Sketch of the medical history of the native army of Bombay, for the year
Year: 1875
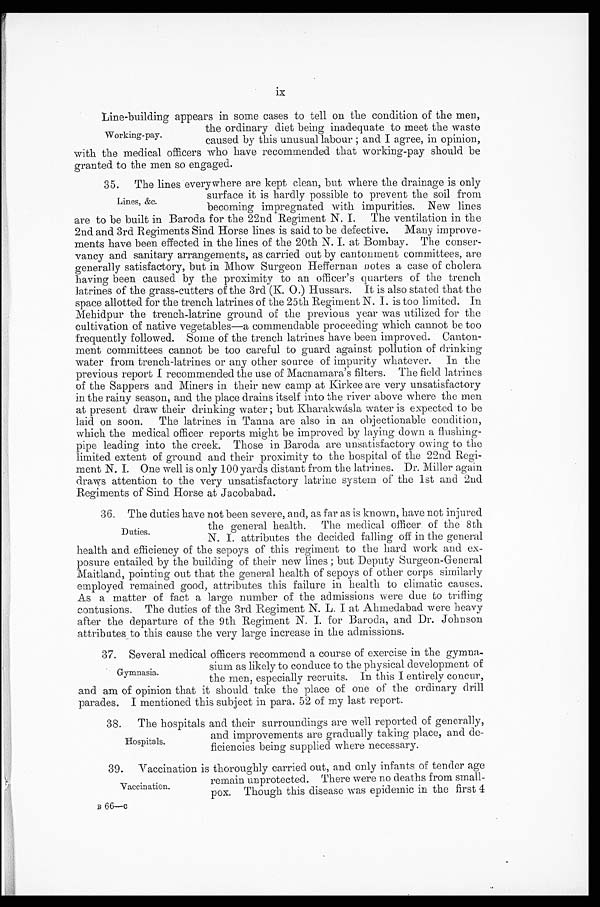
ix
Line-building appears in some cases to tell on the condition of the men,
the ordinary diet being inadequate to meet the waste
caused by this unusual labour ; and I agree, in opinion,
with the medical officers who have recommended that working-pay should be
granted to the men so engaged.
35. The lines everywhere are kept clean, but where the drainage is only
surface it is hardly possible to prevent the soil from
becoming impregnated with impurities. New lines
are to be built in Baroda for the 22nd Regiment N. I. The ventilation in the
2nd and 3rd Regiments Sind Horse lines is said to be defective. Many improve-
ments have been effected in the lines of the 20th N. I. at Bombay. The conser-
vancy and sanitary arrangements, as carried out by cantonment committees, are
generally satisfactory, but in Mhow Surgeon Heffernan notes a case of cholera
having been caused by the proximity to an officer's quarters of the trench
latrines of the grass-cutters of the 3rd (K. O.) Hussars. It is also stated that the
space allotted for the trench latrines of the 25th Regiment N. I. is too limited. In
Mehidpur the trench-latrine ground of the previous year was utilized for the
cultivation of native vegetables—a commendable proceeding which cannot be too
frequently followed. Some of the trench latrines have been improved. Canton-
ment committees cannot be too careful to guard against pollution of drinking
water from trench-latrines or any other source of impurity whatever. In the
previous report I recommended the use of Macnamara's filters. The field latrines
of the Sappers and Miners in their new camp at Kirkee are very unsatisfactory
in the rainy season, and the place drains itself into the river above where the men
at present draw their drinking water ; but Kharakwásla water is expected to be
laid on soon.
The latrines in Tanna are also in an objectionable condition,
which the medical officer reports might be improved by laying down a flushing .
pipe leading into the creek. Those in Baroda are unsatisfactory owing to the
limited extent of ground and their proximity to the hospital of the 22nd Regi-
ment N. I. One well is only 100 yards distant from the latrines. Dr. Miller again
draws attention to the very unsatisfactory latrine system of the 1st and 2nd
Regiments of Sind Horse at Jacobabad.
36. The duties have not been severe, and, as far as is known, have not injured
the general health. The medical officer of the 8th
N.I.attributes the decided falling off in the general
health and efficiency of the sepoys of this regiment to the hard work and ex-
posure entailed by the building of their new lines ; but Deputy Surgeon-General
Maitland, pointing out that the general health of sepoys of other corps similarly
employed remained good, attributes this failure in health to climatic causes.
As a matter of fact a large number of the admissions were due to trifling
contusions. The duties of the 3rd Regiment N. L. I at Ahmedabad were heavy
after the departure of the 9th Regiment N. I. for Baroda, and Dr. Johnson
attributes to this cause the very large increase in the admissions.
37. Several medical officers recommend a course of exercise in the gymna
-sium as likely to conduce to the physical development of
the men, especially recruits. In this I entirely concur,
and am of opinion that it should take the place of one of the ordinary drill
parades. I mentioned this subiect in para. 52 of my last report.
38. The hospitals and their surroundings are well reported of generally,
and improvements are gradually taking place, and de
-ficiencies being supplied where necessary.
3 9 . V a c c i n a t i o n i s t h o r o u g h l y c a r r i e d o u t , a n d o n l y i n f a n t s o f t e n d e r a g e
remain unprotected. There were no deaths from small-
p o x . T h o u g h t h i s d i s e a s e w a s e p i d e m i c i n t h e f i r s t 4
B
6 6 — C
Working-pay.
Lines, &c.
Duties.
Gymnasia.
Hospitals.
Vaccination.